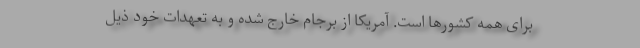
برای همه کشورها است. آمریکا از برجام خارج شده و به تعهدات خود ذیل